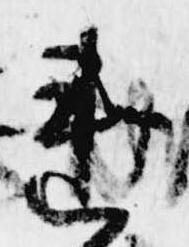
連